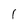
Character: l